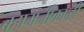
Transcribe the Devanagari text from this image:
बहामनीकाळी